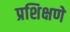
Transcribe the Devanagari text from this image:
प्रशिक्षणे